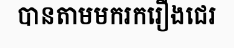
បានតាមមករករឿងជេរ